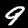
Digit: 9